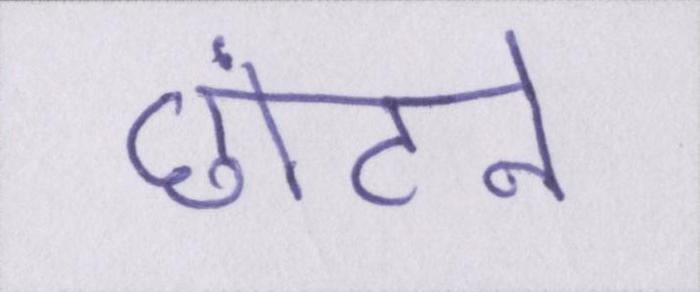
छांटने